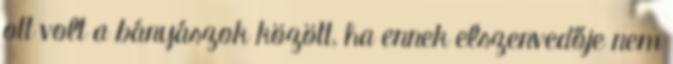
ott volt a bányászok között, ha ennek elszenvedője nem